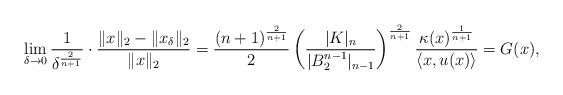
LaTeX: \begin{align*}\lim_{\delta\rightarrow 0}\frac{1}{\delta^{\frac{2}{n+1}}}\cdot \frac{\|x\|_2-\|x_{\delta}\|_2}{\|x\|_2}=\frac{(n+1)^{\frac{2}{n+1}}}{2}\left(\frac{|K|_n}{|B_2^{n-1}|_{n-1}}\right)^{\frac{2}{n+1}}\frac{\kappa(x)^{\frac{1}{n+1}}}{\langle x, u(x)\rangle}=G(x), \end{align*}